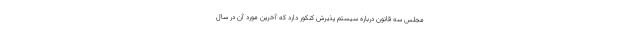
مجلس سه قانون درباره سیستم پذیرش کنکور دارد که آخرین مورد آن در سال